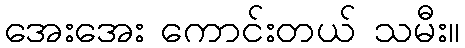
အေးအေး ကောင်းတယ် သမီး။